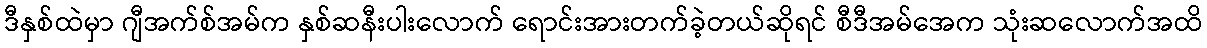
ဒီနှစ်ထဲမှာ ဂျီအက်စ်အမ်က နှစ်ဆနီးပါးလောက် ရောင်းအားတက်ခဲ့တယ်ဆိုရင် စီဒီအမ်အေက သုံးဆလောက်အထိ